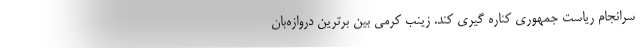
سرانجام ریاست جمهوری کناره گیری کند. زینب کرمی بین برترین دروازه‌بان